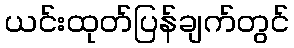
ယင်းထုတ်ပြန်ချက်တွင်